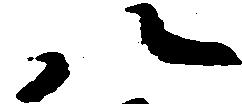
八